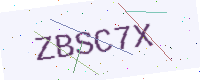
Text: ZBSC7X